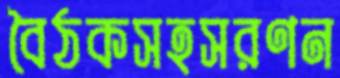
বৈঠকসহসরণন